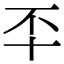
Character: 㔻